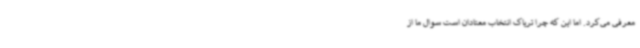
معرفی می‌کرد. اما این که چرا تریاک انتخاب معتادان است سوال ما از